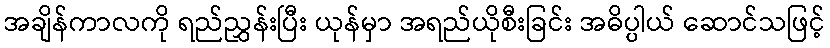
အချိန်ကာလကို ရည်ညွှန်းပြီး ယုန်မှာ အရည်ယိုစီးခြင်း အဓိပ္ပါယ် ဆောင်သဖြင့်